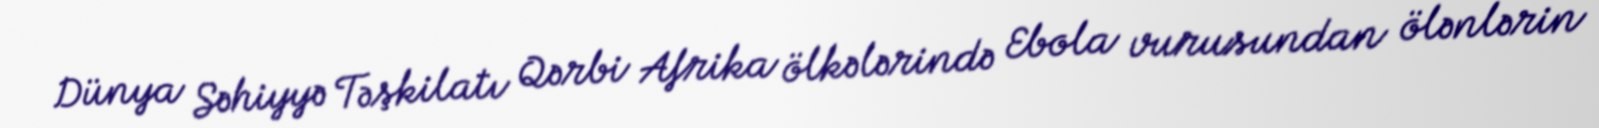
Dünya Səhiyyə Təşkilatı Qərbi Afrika ölkələrində Ebola vurusundan ölənlərin